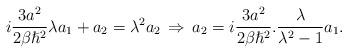
LaTeX: \begin{align*}i\frac{3a^{2}}{2\beta \hslash^{2}} \lambda a_{1} + a_{2} = \lambda^{2} a_{2} \, \Rightarrow \, a_{2} = i \frac{3a^{2}}{2\beta \hslash^{2}} . \frac{\lambda}{\lambda^{2}-1}a_{1} .\end{align*}